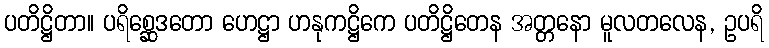
ပတိဋ္ဌိတာ။ ပရိစ္ဆေဒတော ဟေဋ္ဌာ ဟနုကဋ္ဌိကေ ပတိဋ္ဌိတေန အတ္တနော မူလတလေန, ဥပရိ